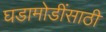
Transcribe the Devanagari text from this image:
घडामोडींसाठी